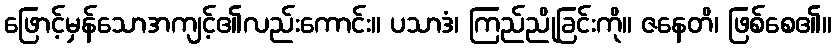
ဖြောင့်မှန်သောအကျင့်၏လည်းကောင်း။ ပသာဒံ၊ ကြည်ညိုခြင်းကို။ ဇနေတိ၊ ဖြစ်စေ၏။